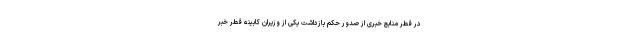
در قطر منابع خبری از صدور حکم بازداشت یکی از وزیران کابینه قطر خبر